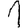
Digit: 1